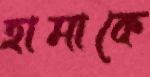
হামাকে